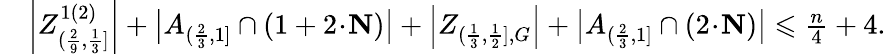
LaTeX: \begin{array}{rl}&{\left|Z_{(\frac{2}{9},\frac{1}{3}]}^{1(2)}\right|+\big|A_{(\frac{2}{3},1]}\cap(1+2\! \cdot\! \mathbf{N})\big|+\left|Z_{(\frac{1}{3},\frac{1}{2}],G}\right|+\big|A_{(\frac{2}{3},1]}\cap(2\! \cdot\! \mathbf{N})\big|\leqslant\frac{n}{4}+4.}\end{array}